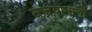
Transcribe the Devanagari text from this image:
वज्रयानाची